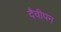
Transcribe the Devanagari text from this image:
दैवीपन